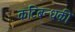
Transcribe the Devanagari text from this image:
कटिबन्धकी